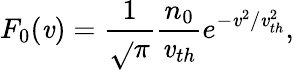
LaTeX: F_{0}(\mathit{v})=\frac{{1}}{{\sqrt{}{{\pi}}}}\frac{{n_{0}}}{{\mathit{v}_{th}}}e^{-\mathit{v}^{2}/\mathit{v}_{th}^{2}},